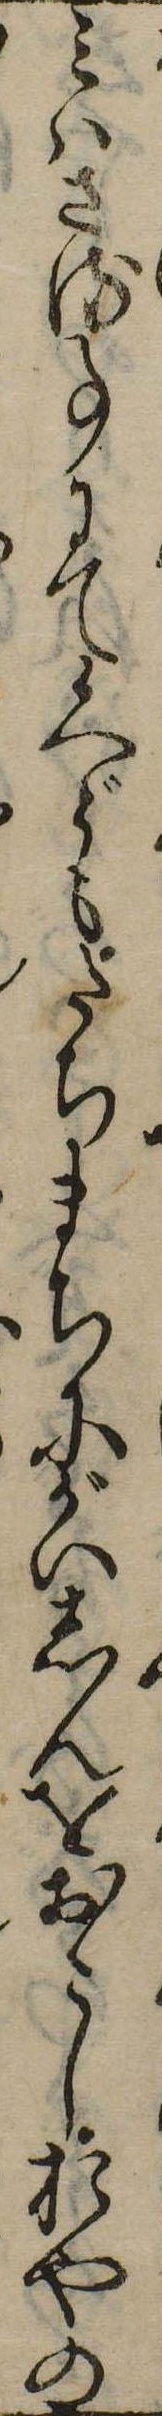
みはさる事にて候へどもたちまちにがいしんをおこしおやの